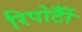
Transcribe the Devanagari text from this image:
रिपोर्टोँं